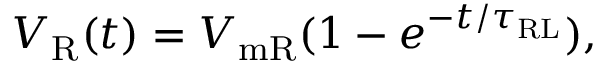
V _ { \mathrm { { R } } } ( t ) = V _ { \mathrm { { m R } } } ( 1 - e ^ { - t / \tau _ { \mathrm { { R L } } } } ) ,